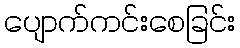
ပျောက်ကင်းစေခြင်း